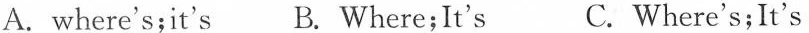
A.where's;it's B. Where;It's C. Where's;It's